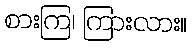
စားကြ၊ ကြားလား။